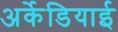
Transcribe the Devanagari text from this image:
अर्केडियाई